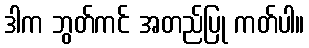
ဒါက ဘွတ်ကင် အတည်ပြု ကတ်ပါ။